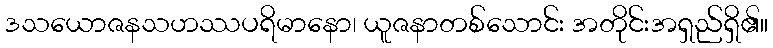
ဒသယောဇနသဟဿပရိမာနော၊ ယူဇနာတစ်သောင်း အတိုင်းအရှည်ရှိ၏။